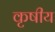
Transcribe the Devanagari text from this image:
कृषीय